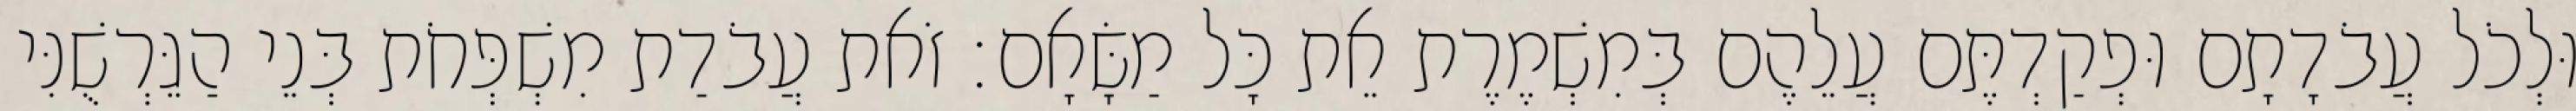
וּלְכֹל עֲבֹדָתָם וּפְקַדְתֶּם עֲלֵהֶם בְּמִשְׁמֶרֶת אֵת כָּל מַשָּׂאָם׃ זֹאת עֲבֹדַת מִשְׁפְּחֹת בְּנֵי הַגֵּרְשֻׁנִּי